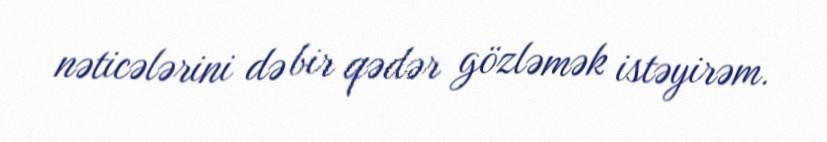
nəticələrini də bir qədər gözləmək istəyirəm.